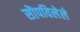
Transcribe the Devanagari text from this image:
सॊपविलेले